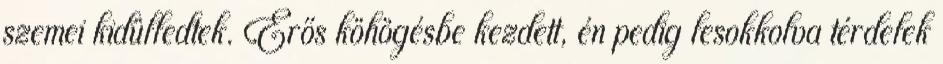
szemei kidülledtek. Erős köhögésbe kezdett, én pedig lesokkolva térdelek